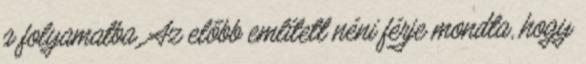
a folyamatba. Az előbb említett néni férje mondta, hogy